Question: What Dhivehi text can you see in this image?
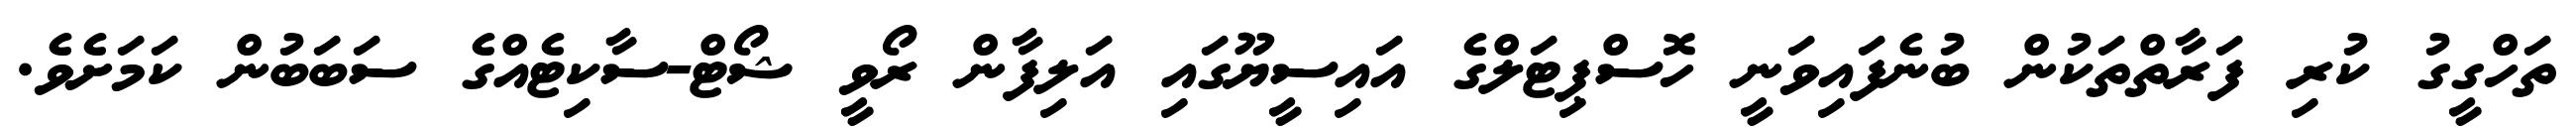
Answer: ތަހްގީގު ކުރި ފަރާތްތަކުން ބުނެފައިވަނީ ހޮސްޕިޓަލްގެ އައިސީޔޫގައި އަލިފާން ރޯވީ ޝޯޓް-ސާކިޓެއްގެ ސަބަބުން ކަމަށެވެ.